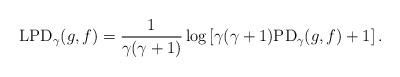
LaTeX: \begin{align*} {\rm LPD}_\gamma(g,f)=\frac{1}{\gamma(\gamma+1)} \log \left[\gamma(\gamma+1){\rm PD}_\gamma(g,f)+1\right].\end{align*}